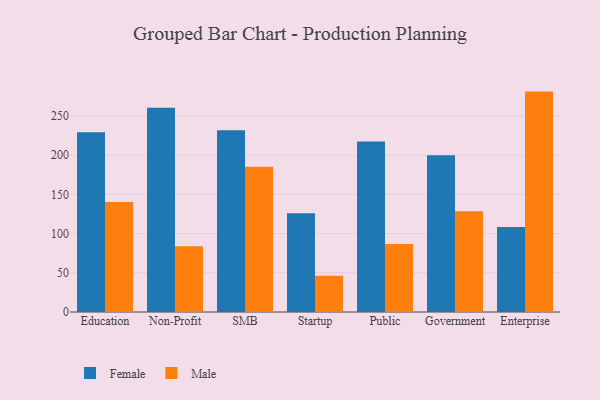
{"axis": {"x": "Segment", "y": "Page Views"}, "legend": ["Female", "Male"], "data": [{"x": "Education", "y": 229.3, "type": "Female"}, {"x": "Education", "y": 140.3, "type": "Male"}, {"x": "Non-Profit", "y": 260.7, "type": "Female"}, {"x": "Non-Profit", "y": 83.9, "type": "Male"}, {"x": "SMB", "y": 231.9, "type": "Female"}, {"x": "SMB", "y": 185.2, "type": "Male"}, {"x": "Startup", "y": 125.9, "type": "Female"}, {"x": "Startup", "y": 46.2, "type": "Male"}, {"x": "Public", "y": 217.5, "type": "Female"}, {"x": "Public", "y": 86.7, "type": "Male"}, {"x": "Government", "y": 200.1, "type": "Female"}, {"x": "Government", "y": 128.7, "type": "Male"}, {"x": "Enterprise", "y": 108.5, "type": "Female"}, {"x": "Enterprise", "y": 281.2, "type": "Male"}]}